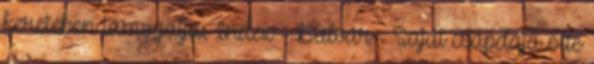
keretében támogatja. Index - Bulvár - Saját csapdája ölte